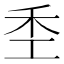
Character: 𫀧